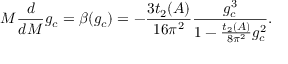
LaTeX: M \frac { d } { d M } g _ { c } = \beta ( g _ { c } ) = - \frac { 3 t _ { 2 } ( A ) } { 1 6 \pi ^ { 2 } } \frac { g _ { c } ^ { 3 } } { 1 - \frac { t _ { 2 } ( A ) } { 8 \pi ^ { 2 } } g _ { c } ^ { 2 } } .